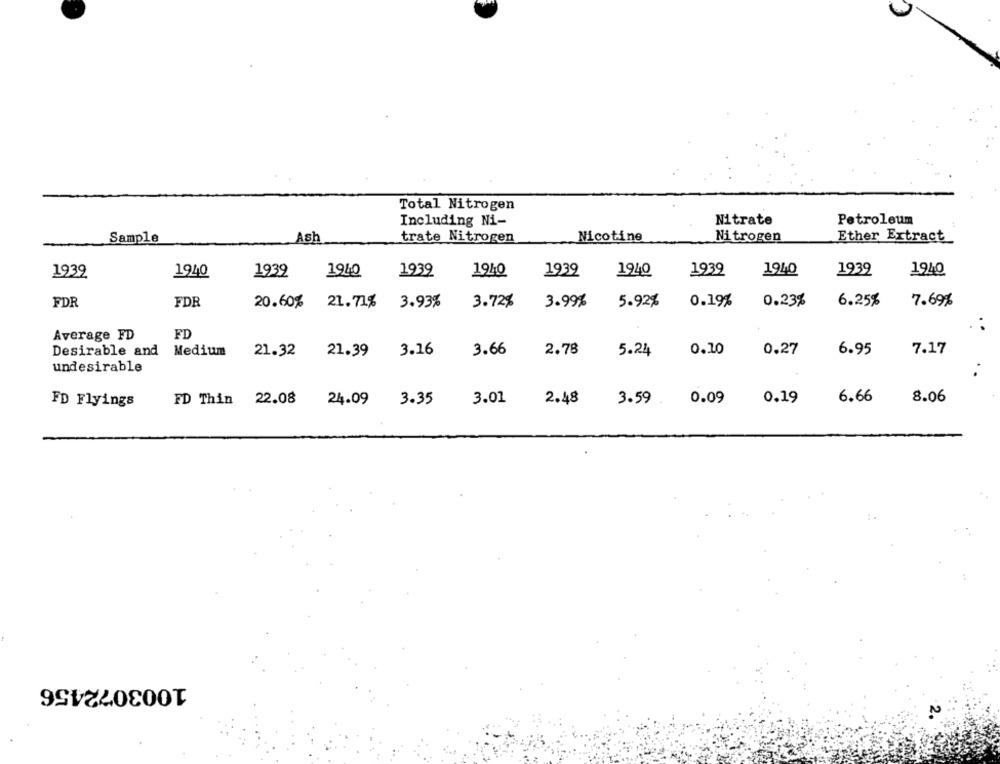
Total Nitrogen
Including Ni-
Nitrate
Petroleum
Sample
Nicotine
Nitrogen
Ether Extract
Ash
trate Nitrogen
1939
1940
1939
1940
1939
1940
1939
1940
1939
1940
1939
1940
FDR
FDR
20.60%
21.71%
3.93%
3.72%
3.99%
5.92%
0.19%
0.23%
6.25%
7.69%
Average FD
FD
Medium
21.39
3.16
3.66
2.78
5.24
0.10
0.27
6.95
7.17
Desirable and
21.32
undesirable
6.66
8.06
FD Flyings
FD Thin 22.08
24.09
3.35
3.01
2.48
3.59
0.09
0.19
1003072456